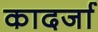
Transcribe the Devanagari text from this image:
कादर्जा